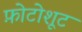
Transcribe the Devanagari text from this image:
फ़ोटोशूट